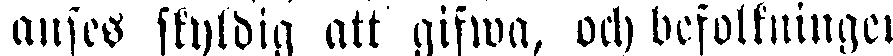
anses skyldig att gifwa, och befolkningen